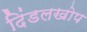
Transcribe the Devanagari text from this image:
दिंडलखोप